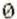
0